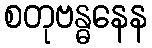
စတုဗန္ဓနေန